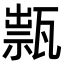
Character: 𤭽